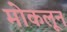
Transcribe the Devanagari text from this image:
मोकलून